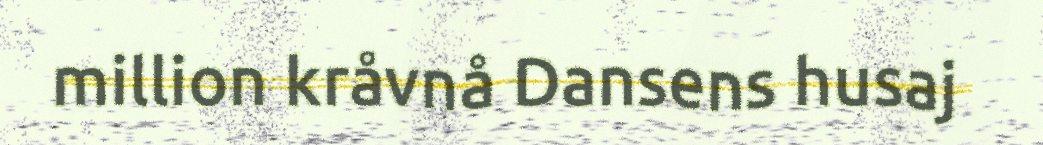
million kråvnå Dansens husaj